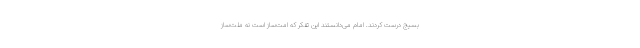
بسیج درست کردند. امام می‌دانستند این تفکر که امت‌ساز است نه ملت‌ساز